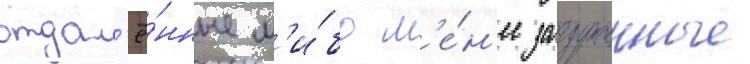
отдал'ё́нные л'и́бо м'е́н'ее загруженные